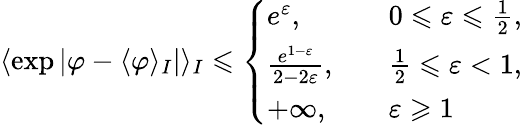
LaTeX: \langle\exp|\varphi-\langle\varphi\rangle_{I}|\rangle_{I}\leqslant\left\{ \begin{array}{ll}{e^{\varepsilon},}&{\quad 0\leqslant\varepsilon\leqslant\frac{1}{2},}\\ {\frac{e^{1-\varepsilon}}{2-2\varepsilon},}&{\quad\frac{1}{2}\leqslant\varepsilon<1,}\\ {+\infty,}&{\quad\varepsilon\geqslant 1}\end{array}\right.